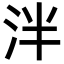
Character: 泮